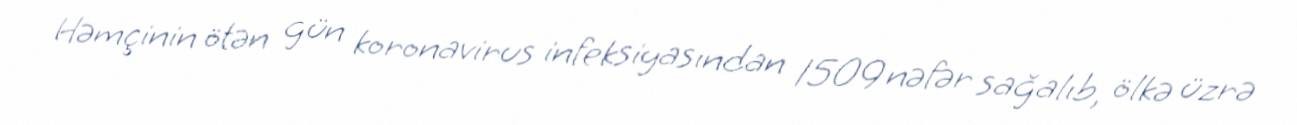
Həmçinin ötən gün koronavirus infeksiyasından 1509 nəfər sağalıb, ölkə üzrə